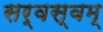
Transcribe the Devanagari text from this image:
सर्वस्वम्